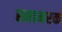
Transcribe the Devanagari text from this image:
स्मामरक